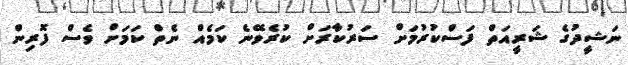
ނަޝީދުގެ ޝަރީއަތް ފަސްކުރުމަށް ސަރުކާރަށް ކުރެވޭނެ ކަމެއް ނެތް ކަމަށް ވެސް ފޮރިން